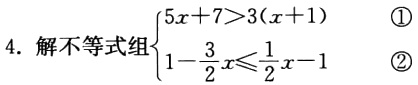
解不等式组

\[\begin{cases}

5x + 7>3(x + 1) & \textcircled{1}\\

1-\frac{3}{2}x\leqslant\frac{1}{2}x - 1 & \textcircled{2}

\end{cases}\]